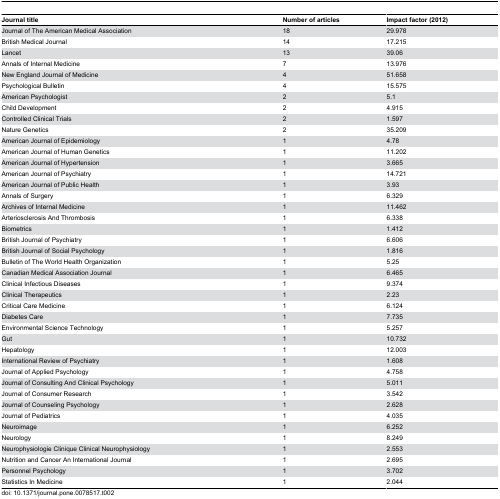
<table><thead><tr><td><b>Journal title</b></td><td><b>Number of articles</b></td><td><b>Impact factor (2012)</b></td></tr></thead><tbody><tr><td>Journal of The American Medical Association</td><td>18</td><td>29.978</td></tr><tr><td>British Medical Journal</td><td>14</td><td>17.215</td></tr><tr><td>Lancet</td><td>13</td><td>39.06</td></tr><tr><td>Annals of Internal Medicine</td><td>7</td><td>13.976</td></tr><tr><td>New England Journal of Medicine</td><td>4</td><td>51.658</td></tr><tr><td>Psychological Bulletin</td><td>4</td><td>15.575</td></tr><tr><td>American Psychologist</td><td>2</td><td>5.1</td></tr><tr><td>Child Development</td><td>2</td><td>4.915</td></tr><tr><td>Controlled Clinical Trials</td><td>2</td><td>1.597</td></tr><tr><td>Nature Genetics</td><td>2</td><td>35.209</td></tr><tr><td>American Journal of Epidemiology</td><td>1</td><td>4.78</td></tr><tr><td>American Journal of Human Genetics</td><td>1</td><td>11.202</td></tr><tr><td>American Journal of Hypertension</td><td>1</td><td>3.665</td></tr><tr><td>American Journal of Psychiatry</td><td>1</td><td>14.721</td></tr><tr><td>American Journal of Public Health</td><td>1</td><td>3.93</td></tr><tr><td>Annals of Surgery</td><td>1</td><td>6.329</td></tr><tr><td>Archives of Internal Medicine</td><td>1</td><td>11.462</td></tr><tr><td>Arteriosclerosis And Thrombosis</td><td>1</td><td>6.338</td></tr><tr><td>Biometrics</td><td>1</td><td>1.412</td></tr><tr><td>British Journal of Psychiatry</td><td>1</td><td>6.606</td></tr><tr><td>British Journal of Social Psychology</td><td>1</td><td>1.816</td></tr><tr><td>Bulletin of The World Health Organization</td><td>1</td><td>5.25</td></tr><tr><td>Canadian Medical Association Journal</td><td>1</td><td>6.465</td></tr><tr><td>Clinical Infectious Diseases</td><td>1</td><td>9.374</td></tr><tr><td>Clinical Therapeutics</td><td>1</td><td>2.23</td></tr><tr><td>Critical Care Medicine</td><td>1</td><td>6.124</td></tr><tr><td>Diabetes Care</td><td>1</td><td>7.735</td></tr><tr><td>Environmental Science Technology</td><td>1</td><td>5.257</td></tr><tr><td>Gut</td><td>1</td><td>10.732</td></tr><tr><td>Hepatology</td><td>1</td><td>12.003</td></tr><tr><td>International Review of Psychiatry</td><td>1</td><td>1.608</td></tr><tr><td>Journal of Applied Psychology</td><td>1</td><td>4.758</td></tr><tr><td>Journal of Consulting And Clinical Psychology</td><td>1</td><td>5.011</td></tr><tr><td>Journal of Consumer Research</td><td>1</td><td>3.542</td></tr><tr><td>Journal of Counseling Psychology</td><td>1</td><td>2.628</td></tr><tr><td>Journal of Pediatrics</td><td>1</td><td>4.035</td></tr><tr><td>Neuroimage</td><td>1</td><td>6.252</td></tr><tr><td>Neurology</td><td>1</td><td>8.249</td></tr><tr><td>Neurophysiologie Clinique Clinical Neurophysiology</td><td>1</td><td>2.553</td></tr><tr><td>Nutrition and Cancer An International Journal</td><td>1</td><td>2.695</td></tr><tr><td>Personnel Psychology</td><td>1</td><td>3.702</td></tr><tr><td>Statistics In Medicine</td><td>1</td><td>2.044</td></tr></tbody></table>